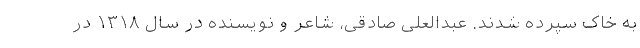
به خاک سپرده شدند. عبدالعلی صادقی، شاعر و نویسنده در سال ۱۳۱۸ در